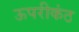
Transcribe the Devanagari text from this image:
ऊपरीकंठ